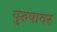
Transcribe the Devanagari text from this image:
पुरुषावर